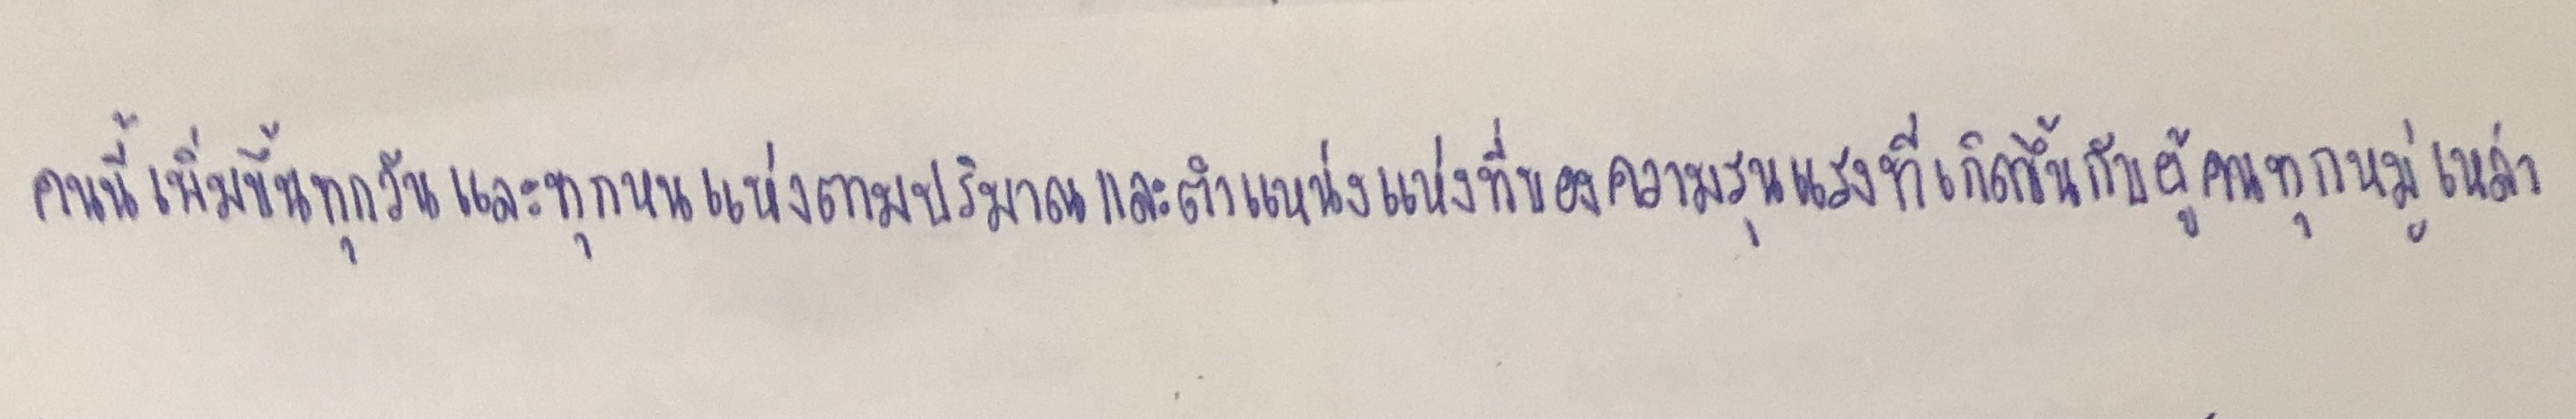
คนนี้เพิ่มขึ้นทุกวันและทุกหนแห่งตามปริมาณและตำแหน่งแห่งที่ของความรุนแรงที่เกิดขึ้นกับผู้คนทุกหมู่เหล่า